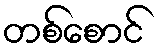
တစ်စောင်